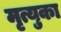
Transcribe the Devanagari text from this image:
मृत्युका